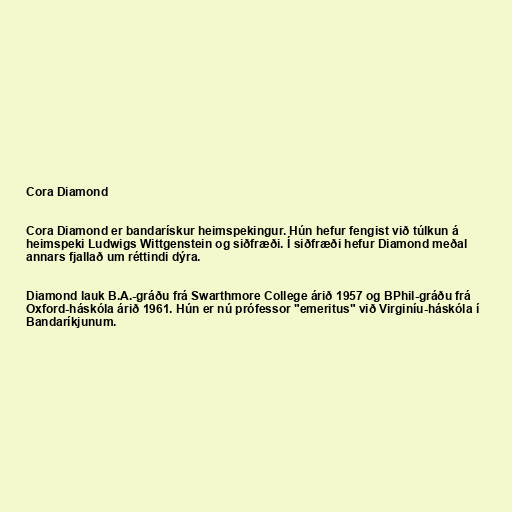
Cora Diamond

Cora Diamond er bandarískur heimspekingur. Hún hefur fengist við túlkun á
heimspeki Ludwigs Wittgenstein og siðfræði. Í siðfræði hefur Diamond meðal
annars fjallað um réttindi dýra.

Diamond lauk B.A.-gráðu frá Swarthmore College árið 1957 og BPhil-gráðu frá
Oxford-háskóla árið 1961. Hún er nú prófessor "emeritus" við Virginíu-háskóla í
Bandaríkjunum.